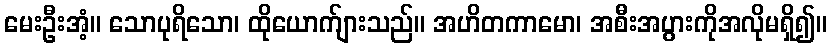
မေးဦးအံ့။ သောပုရိသော၊ ထိုယောက်ျားသည်။ အဟိတကာမော၊ အစီးအပွားကိုအလိုမရှိ၍။